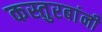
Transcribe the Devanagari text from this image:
कस्तुरबांनी